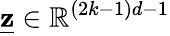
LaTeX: \underline{{\mathbf{z}}}\in\mathbb{R}^{(2k-1)d-1}